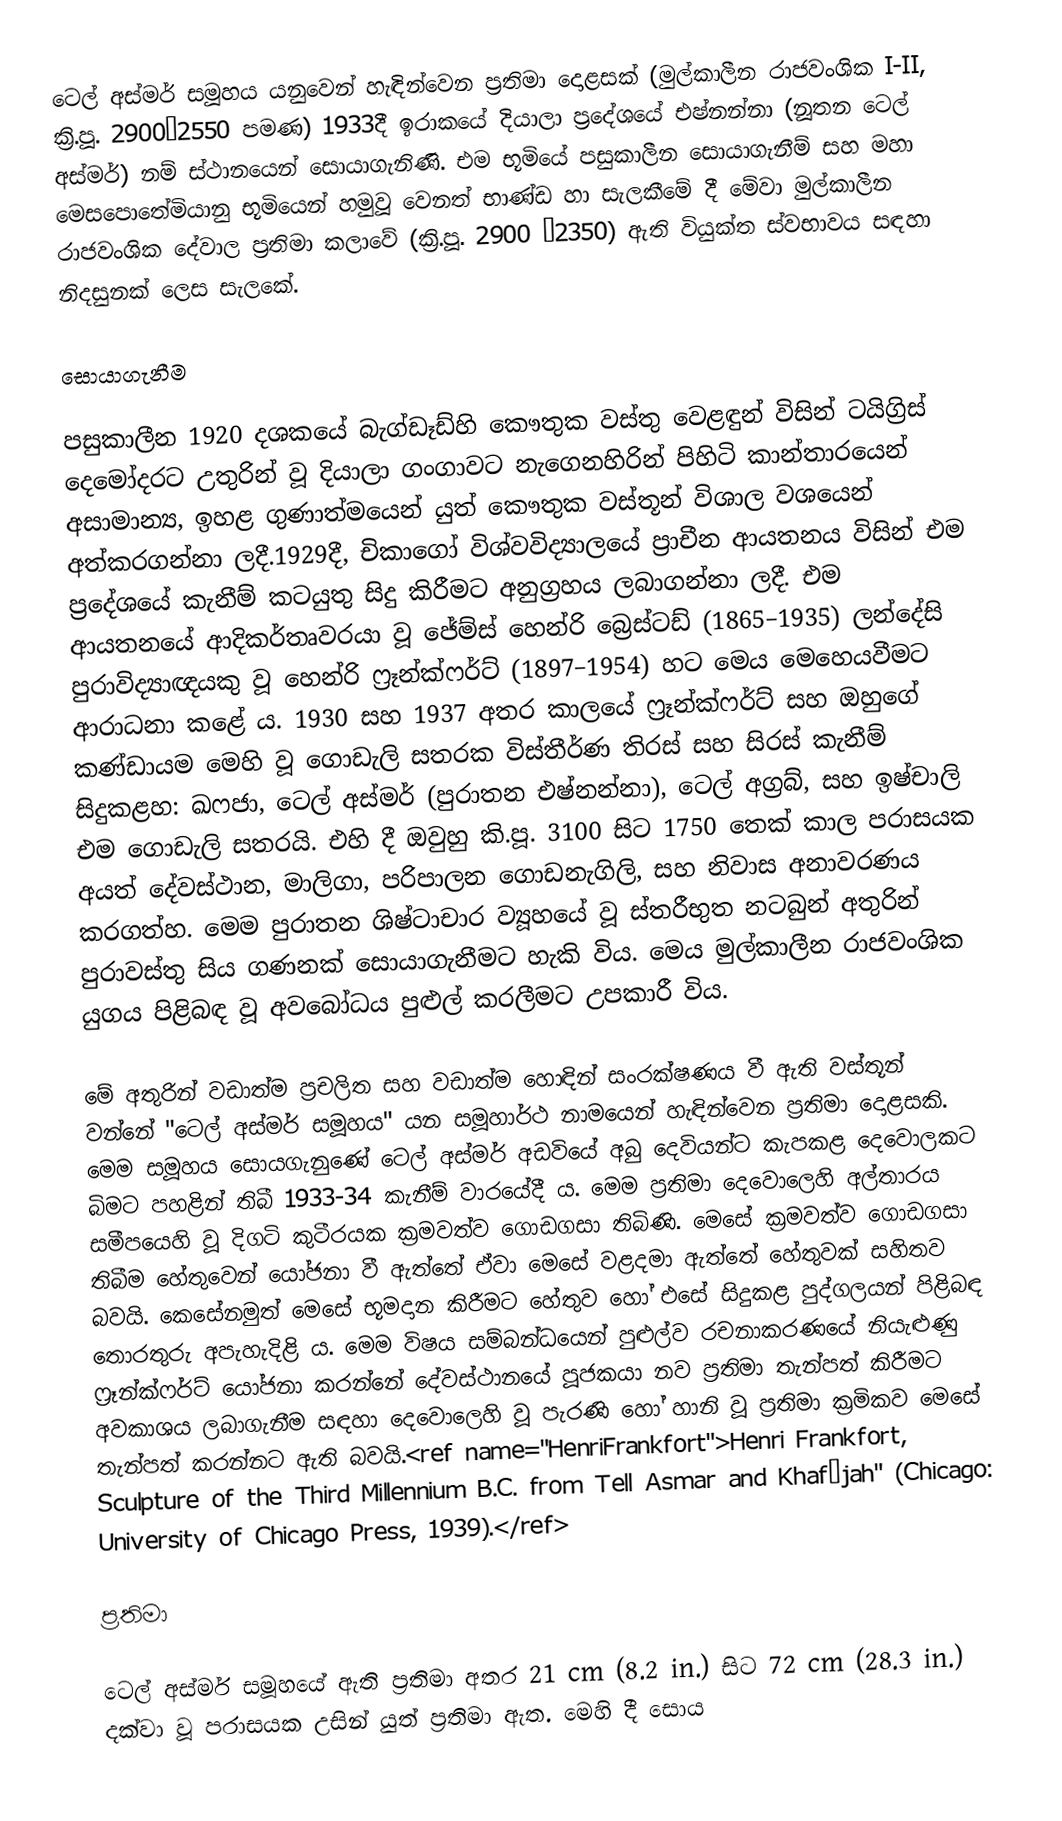
ටෙල් අස්මර් සමූහය යනුවෙන් හැඳින්වෙන ප්‍රතිමා දොළසක් (මුල්කාලීන රාජවංශික I-II, ක්‍රි.පූ. 2900–2550 පමණ) 1933දී ඉරාකයේ දියාලා ප්‍රදේශයේ එෂ්නන්නා (නූතන ටෙල් අස්මර්) නම් ස්ථානයෙන් සොයාගැනිණි. එම භූමියේ පසුකාලීන සොයාගැනීම් සහ මහා මෙසපොතේමියානු භූමියෙන් හමුවූ වෙනත් භාණ්ඩ හා සැලකීමේ දී මේවා මුල්කාලීන රාජවංශික දේවාල ප්‍රතිමා කලාවේ (ක්‍රි.පූ. 2900 –2350) ඇති වියුක්ත ස්වභාවය සඳහා නිදසුනක් ලෙස සැලකේ.

සොයාගැනීම

පසුකාලීන 1920 දශකයේ බැග්ඩෑඩ්හි කෞතුක වස්තු වෙ‍ළඳුන් විසින් ටයිග්‍රිස් දෙමෝදරට උතුරින් වූ දියාලා ගංගාවට නැගෙනහිරින් පිහිටි කාන්තාරයෙන් අසාමාන්‍ය, ඉහළ ගුණාත්මයෙන් යුත් කෞතුක වස්තූන් විශාල වශයෙන් අත්කරගන්නා ලදී.1929දී, චිකාගෝ විශ්වවිද්‍යාලයේ ප්‍රාචීන ආයතනය විසින් එම ප්‍රදේශයේ කැනීම් කටයුතු සිදු කිරීමට අනුග්‍රහය ලබාගන්නා ලදී. එම ආයතනයේ ආදිකර්තෘවරයා වූ ජේම්ස් හෙන්රි බ්‍රෙස්ටඩ් (1865–1935) ලන්දේසි පුරාවිද්‍යාඥයකු වූ හෙන්රි ෆ්‍රෑන්ක්ෆර්ට් (1897–1954) හට මෙය මෙහෙයවීමට ආරාධනා කළේ ය. 1930 සහ 1937 අතර කාලයේ ෆ්‍රෑන්ක්ෆර්ට් සහ ඔහුගේ කණ්ඩායම මෙහි වූ ගොඩැලි සතරක විස්තීර්ණ තිරස් සහ සිරස් කැනීම් සිදුකළහ: ඛෆජා, ටෙල් අස්මර් (පුරාතන එෂ්නන්නා), ටෙල් අග්‍රබ්, සහ ඉෂ්චාලි එම ගොඩැලි සතරයි. එහි දී ඔවුහු කි.පූ. 3100 සිට 1750 තෙක් කාල පරාසයක අයත් දේවස්ථාන, මාලිගා, පරිපාලන ගොඩනැගිලි, සහ නිවාස අනාවරණය කරගත්හ. මෙම පුරාතන ශිෂ්ටාචාර ව්‍යූහයේ වූ ස්තරීභුත නටබුන් අතුරින් පුරාවස්තු සිය ගණනක් සොයාගැනීමට හැකි විය. මෙය මුල්කාලීන රාජවංශික යුගය පිළිබඳ වූ අවබෝධය පුළුල් කරලීමට උපකාරී විය.

මේ අතුරින් වඩාත්ම ප්‍රචලිත සහ වඩාත්ම හොඳින් සංරක්ෂණය වී ඇති වස්තූන් වන්නේ "ටෙල් අස්මර් සමූහය" යන සමූහාර්ථ නාමයෙන් හැඳින්වෙන ප්‍රතිමා දොළසකි. මෙම සමූහය සොයගැනුණේ ටෙල් අස්මර් අඩවියේ අබු දෙවියන්ට කැපකළ දෙවොලකට බිමට පහළින් තිබී 1933-34 කැනීම් වාරයේදී ය. මෙම ප්‍රතිමා දෙවොලෙහි අල්තාරය සමීපයෙහි වූ දිගටි කුටීරයක ක්‍රමවත්ව ගොඩගසා තිබිණි. මෙසේ ක්‍රමවත්ව ගොඩගසා තිබීම හේතුවෙන් යෝජනා වී ඇත්තේ ඒවා මෙසේ වළදමා ඇත්තේ හේතුවක් සහිතව බවයි.  කෙසේනමුත් මෙසේ භූමදාන කිරීමට හේතුව හෝ එසේ සිදුකළ පුද්ගලයන් පිළිබඳ තොරතුරු අපැහැදිළි ය. මෙම විෂය සම්බන්ධයෙන් පුළුල්ව රචනාකරණයේ නියැළුණු ෆ්‍රෑන්ක්ෆර්ට් යෝජනා කරන්නේ දේවස්ථාන‍යේ පූජකයා නව ප්‍රතිමා තැන්පත් කිරීමට අවකාශය ලබාගැනීම සඳහා දෙවොලෙහි වූ පැරණි හෝ හානි වූ ප්‍රතිමා ක්‍රමිකව මෙසේ තැන්පත් කරන්නට ඇති බවයි.<ref name="HenriFrankfort">Henri Frankfort, Sculpture of the Third Millennium B.C. from Tell Asmar and Khafãjah" (Chicago: University of Chicago Press, 1939).</ref>

 ප්‍රතිමා

ටෙල් අස්මර් සමූහයේ ඇති ප්‍රතිමා අතර 21 cm (8.2 in.) සිට 72 cm (28.3 in.) දක්වා වූ පරාසයක උසින් යුත් ප්‍රතිමා ඇත. මෙහි දී සොය